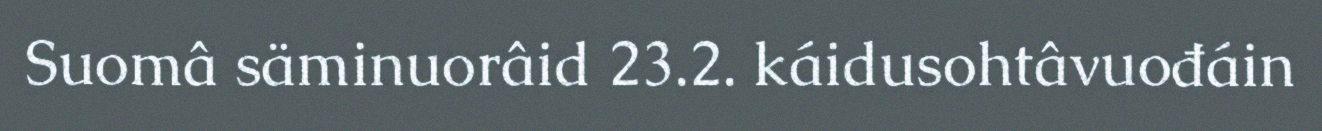
Suomâ säminuorâid 23.2. káidusohtâvuođáin